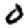
Digit: 0